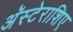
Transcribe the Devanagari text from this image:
अॅस्टेराशिए